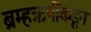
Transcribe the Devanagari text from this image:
ब्रम्हऋषींकडून